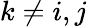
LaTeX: k\neq i,j